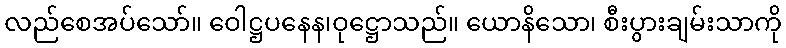
လည်စေအပ်သော်။ ဝေါဋ္ဌပနေန၊ဝုဋ္ဌောသည်။ ယောနိသော၊ စီးပွားချမ်းသာကို